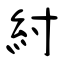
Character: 紂